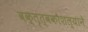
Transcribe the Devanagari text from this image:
वक्तृत्वकौशल्याने